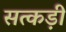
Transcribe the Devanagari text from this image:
सत्कड़ी